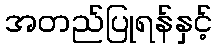
အတည်ပြုရန်နှင့်